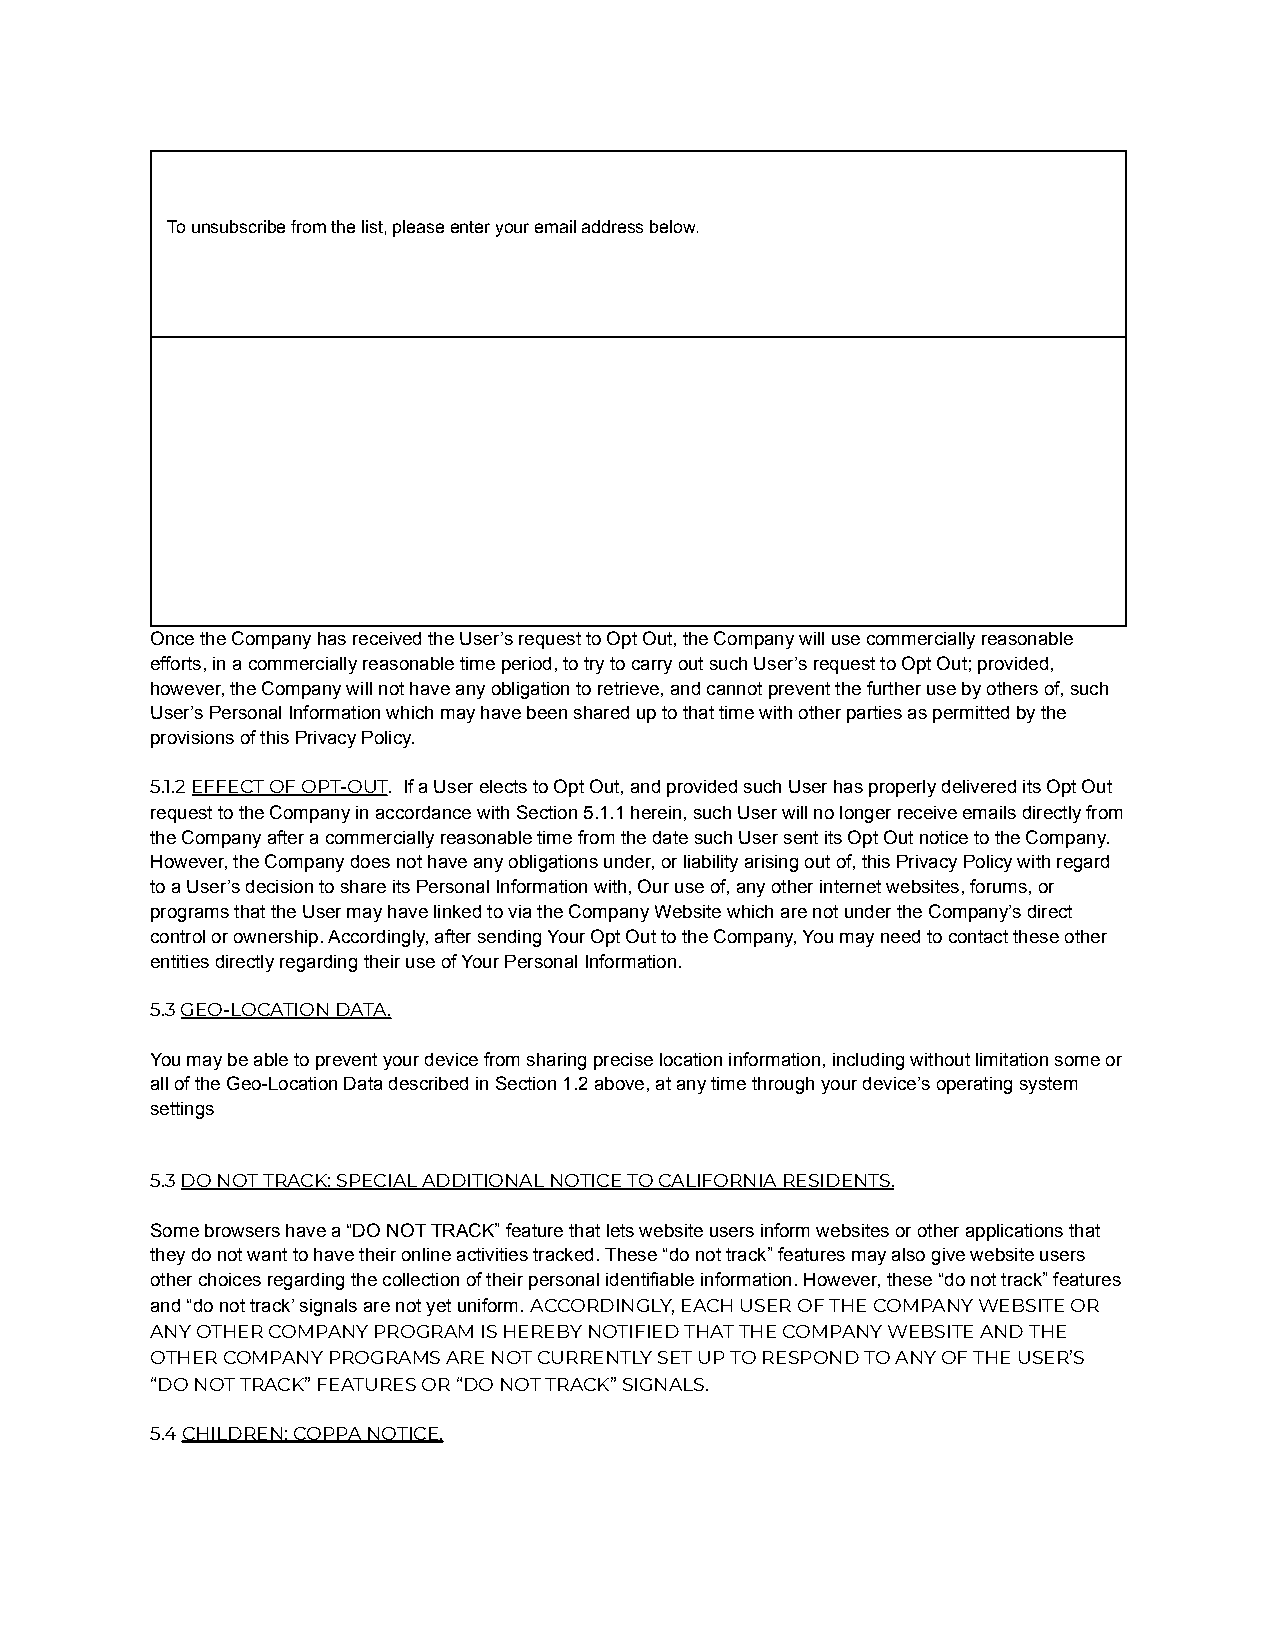
To unsubscribe from the list, please enter your email address below.
 Once the Company has received the User’s request to Opt Out, the Company will use commercially reasonable
 efforts, in a commercially reasonable time period, to try to carry out such User’s request to Opt Out; provided,
 however, the Company will not have any obligation to retrieve, and cannot prevent the further use by others of, such
 User’s Personal Information which may have been shared up to that time with other parties as permitted by the
 provisions of this Privacy Policy.
 5.1.2EFFECT OF OPT-OUT. If a User elects to OptOut, and provided such User has properly delivered its Opt Out
 request to the Company in accordance with Section 5.1.1 herein, such User will no longer receive emails directly from
 the Company after a commercially reasonable time from the date such User sent its Opt Out notice to the Company.
 However, the Company does not have any obligations under, or liability arising out of, this Privacy Policy with regard
 to a User’s decision to share its Personal Information with, Our use of, any other internet websites, forums, or
 programs that the User may have linked to via the Company Website which are not under the Company’s direct
 control or ownership. Accordingly, after sending Your Opt Out to the Company, You may need to contact these other
 entities directly regarding their use of Your Personal Information.
 5.3GEO-LOCATION DATA.
 You may be able to prevent your device from sharing precise location information, including without limitation some or
 all of the Geo-Location Data described in Section 1.2 above, at any time through your device’s operating system
 settings
 5.3DO NOT TRACK: SPECIAL ADDITIONAL NOTICE TO CALIFORNIARESIDENTS.
 Some browsers have a “DO NOT TRACK” feature that lets website users inform websites or other applications that
 they do not want to have their online activities tracked. These “do not track” features may also give website users
 other choices regarding the collection of their personal identifiable information. However, these “do not track” features
 and “do not track’ signals are not yet uniform.ACCORDINGLY,EACH USER OF THE COMPANY WEBSITE OR
 ANY OTHER COMPANY PROGRAM IS HEREBY NOTIFIED THAT THE COMPANY WEBSITE AND THE
 OTHER COMPANY PROGRAMS ARE NOT CURRENTLY SET UP TO RESPOND TO ANY OF THE USER’S
 “DO NOT TRACK” FEATURES OR “DO NOT TRACK” SIGNALS.
 5.4CHILDREN; COPPA NOTICE.